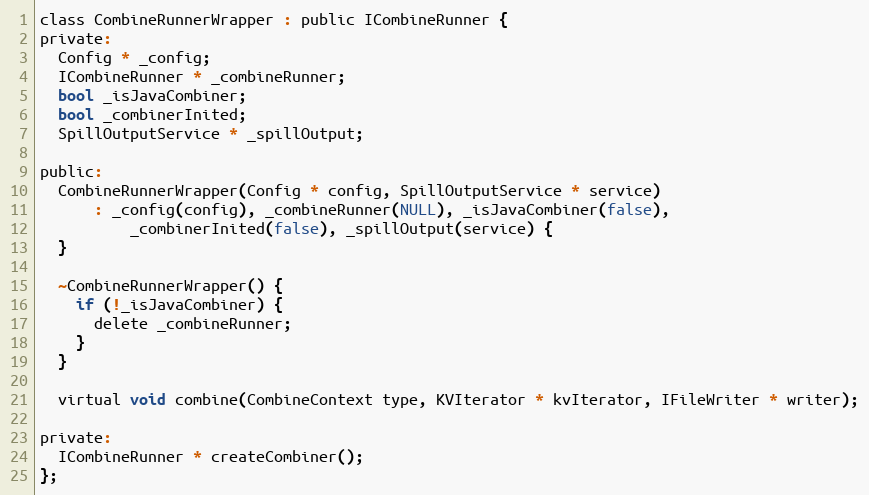
Language: C
class CombineRunnerWrapper : public ICombineRunner {
private:
  Config * _config;
  ICombineRunner * _combineRunner;
  bool _isJavaCombiner;
  bool _combinerInited;
  SpillOutputService * _spillOutput;

public:
  CombineRunnerWrapper(Config * config, SpillOutputService * service)
      : _config(config), _combineRunner(NULL), _isJavaCombiner(false),
          _combinerInited(false), _spillOutput(service) {
  }

  ~CombineRunnerWrapper() {
    if (!_isJavaCombiner) {
      delete _combineRunner;
    }
  }

  virtual void combine(CombineContext type, KVIterator * kvIterator, IFileWriter * writer);

private:
  ICombineRunner * createCombiner();
};